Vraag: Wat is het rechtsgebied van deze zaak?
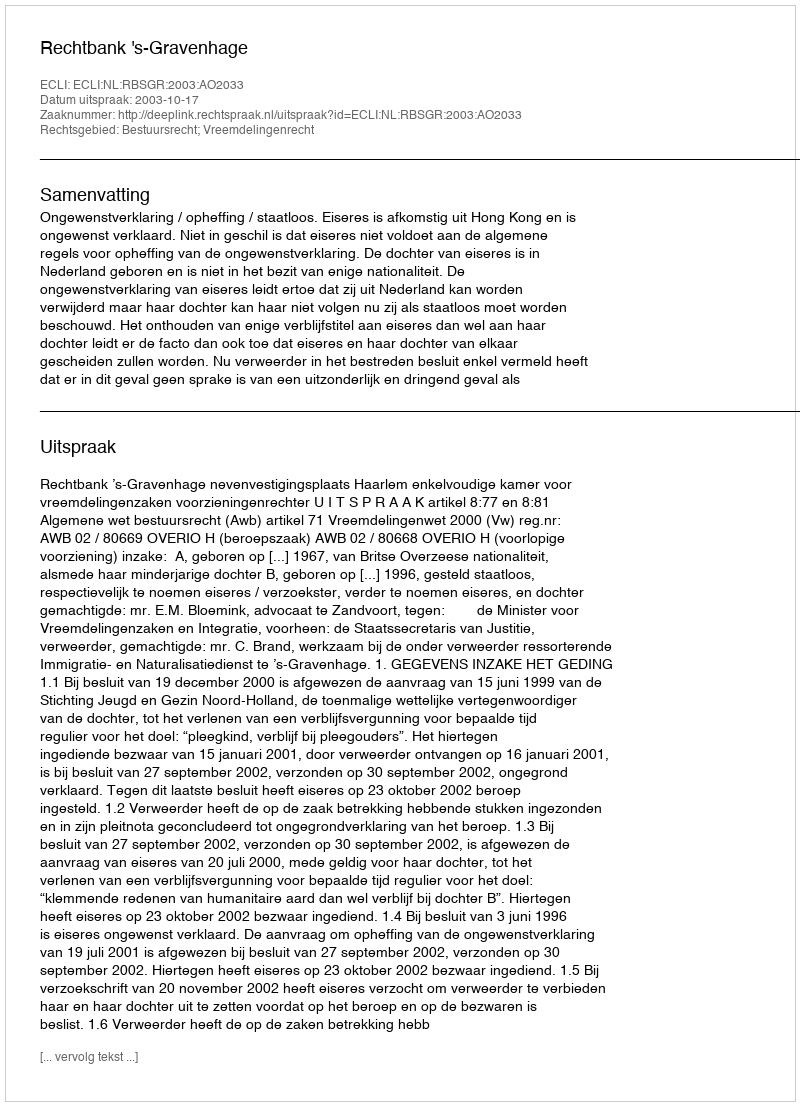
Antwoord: Bestuursrecht; Vreemdelingenrecht